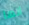
انها